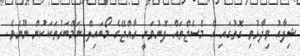
ޝިފާއު ވިދާޅުވި ގޮތުގައި އެ މެސެޖްތައް ފޮނުވަނީ ރާއްޖޭގެ މޯބައިލް ނަމްބަރުތަކަކުން ނޫނެވެ.